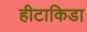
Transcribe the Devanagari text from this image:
हीटाकिडा